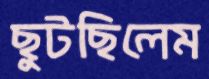
ছুটছিলেম